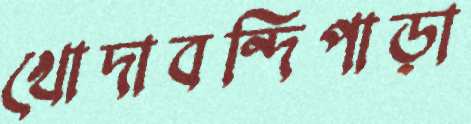
খোদাবন্দিপাড়া